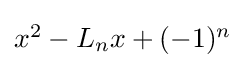
\textstyle x^{2}-L_{n}x+(-1)^{n}